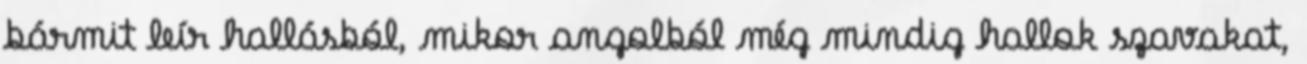
bármit leír hallásból, mikor angolból még mindig hallok szavakat,